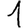
Digit: 1